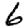
Digit: 6